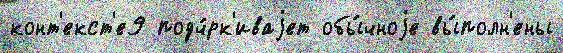
конт'екст'е9 подч́рк'иваjет обы́чноjе вы́полн'ены